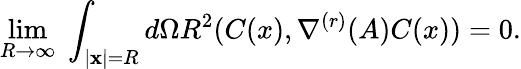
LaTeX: \operatorname*{lim}_{R\rightarrow\infty}\; \int_{\mid{\mathbf x}\mid=R}d\Omega R^{2}(C(x),\nabla^{(r)}(A)C(x))=0.